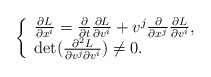
\begin{align*} \left\{ \begin{array}{ll} \frac{\partial L}{\partial x^i}=\frac{\partial}{\partial t}\frac{\partial L}{\partial v^i}+v^j\frac{\partial}{\partial x^j}\frac{\partial L}{\partial v^i},\\\det(\frac{\partial^2 L}{\partial v^j\partial v^i})\neq0. \end{array} \right. \end{align*}